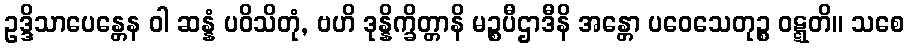
ဥဒ္ဒိသာပေန္တေန ဝါ ဆန္နံ ပဝိသိတုံ, ဗဟိ ဒုန္နိက္ခိတ္တာနိ မဉ္စပီဌာဒီနိ အန္တော ပဝေသေတုဉ္စ ဝဋ္ဋတိ။ သစေ